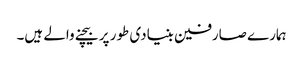
ہمارے صارفین بنیادی طور پر بیچنے والے ہیں۔